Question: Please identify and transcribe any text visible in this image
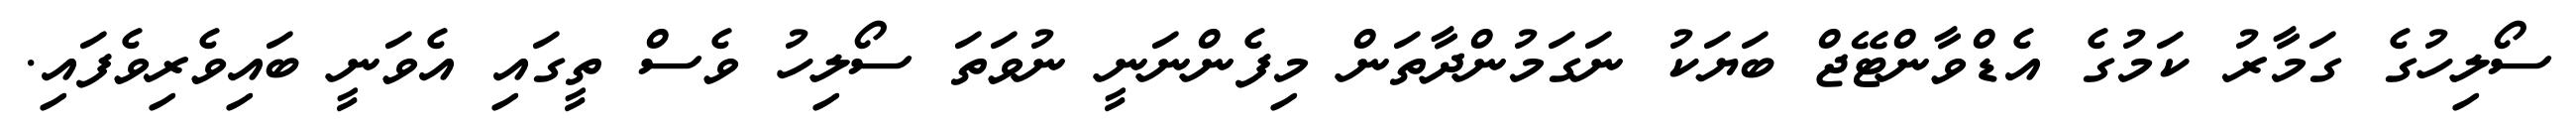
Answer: ސޯލިހުގެ ގަމާރު ކަމުގެ އެޑްވާންޓޭޖް ބަޔަކު ނަގަމުންދާތަން މިފެންނަނީ ނުވަތަ ސޯލިހު ވެސް ތީގައި އެވަނީ ބައިވެރިވެފައި.